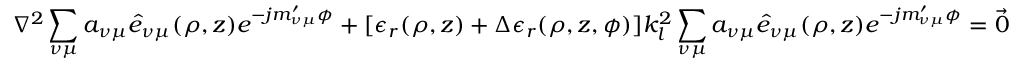
\nabla ^ { 2 } \sum _ { \nu \mu } a _ { \nu \mu } \hat { e } _ { \nu \mu } ( \rho , z ) e ^ { - j m _ { \nu \mu } ^ { \prime } \phi } + [ \epsilon _ { r } ( \rho , z ) + \Delta \epsilon _ { r } ( \rho , z , \phi ) ] k _ { l } ^ { 2 } \sum _ { \nu \mu } a _ { \nu \mu } \hat { e } _ { \nu \mu } ( \rho , z ) e ^ { - j m _ { \nu \mu } ^ { \prime } \phi } = { \vec { 0 } }